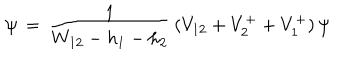
\, \psi \, = \, { \frac { 1 } { W _ { 1 2 } - h _ { 1 } - h _ { 2 } } } \, ( V _ { 1 2 } + V _ { 2 } ^ { + } + V _ { 1 } ^ { + } ) \, \psi